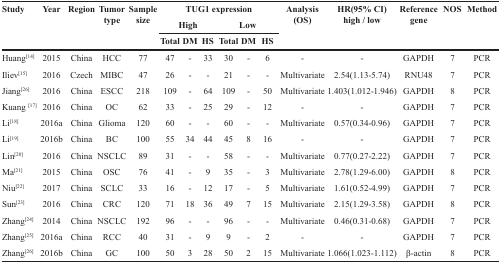
<table><thead><tr><td rowspan="3"><b>Study</b></td><td rowspan="3"><b>Year</b></td><td rowspan="3"><b>Region</b></td><td rowspan="3"><b>Tumor type</b></td><td rowspan="3"><b>Sample size</b></td><td colspan="6"><b>TUG1 expression</b></td><td rowspan="3"><b>Analysis(OS)</b></td><td rowspan="3"><b>HR(95% CI)high / low</b></td><td rowspan="3"><b>Reference gene</b></td><td rowspan="3"><b>NOS</b></td><td rowspan="3"><b>Method</b></td></tr><tr><td colspan="3"><b>High</b></td><td colspan="3"><b>Low</b></td></tr><tr><td><b>Total</b></td><td><b>DM</b></td><td><b>HS</b></td><td><b>Total</b></td><td><b>DM</b></td><td><b>HS</b></td></tr></thead><tbody><tr><td>Huang<sup>[14]</sup></td><td>2015</td><td>China</td><td>HCC</td><td>77</td><td>47</td><td>-</td><td>33</td><td>30</td><td>-</td><td>6</td><td>-</td><td>-</td><td>GAPDH</td><td>7</td><td>PCR</td></tr><tr><td>Iliev<sup>[15]</sup></td><td>2016</td><td>Czech</td><td>MIBC</td><td>47</td><td>26</td><td>-</td><td>-</td><td>21</td><td>-</td><td>-</td><td>Multivariate</td><td>2.54(1.13-5.74)</td><td>RNU48</td><td>7</td><td>PCR</td></tr><tr><td>Jiang<sup>[26]</sup></td><td>2016</td><td>China</td><td>ESCC</td><td>218</td><td>109</td><td>-</td><td>64</td><td>109</td><td>-</td><td>50</td><td>Multivariate</td><td>1.403(1.012-1.946)</td><td>GAPDH</td><td>8</td><td>PCR</td></tr><tr><td>Kuang <sup>[17]</sup></td><td>2016</td><td>China</td><td>OC</td><td>62</td><td>33</td><td>-</td><td>25</td><td>29</td><td>-</td><td>12</td><td>-</td><td>-</td><td>GAPDH</td><td>7</td><td>PCR</td></tr><tr><td>Li<sup>[18]</sup></td><td>2016a</td><td>China</td><td>Glioma</td><td>120</td><td>60</td><td>-</td><td>-</td><td>60</td><td>-</td><td>-</td><td>Multivariate</td><td>0.57(0.34-0.96)</td><td>GAPDH</td><td>7</td><td>PCR</td></tr><tr><td>Li<sup>[19]</sup></td><td>2016b</td><td>China</td><td>BC</td><td>100</td><td>55</td><td>34</td><td>44</td><td>45</td><td>8</td><td>16</td><td>-</td><td>-</td><td>GAPDH</td><td>7</td><td>PCR</td></tr><tr><td>Lin<sup>[20]</sup></td><td>2016</td><td>China</td><td>NSCLC</td><td>89</td><td>31</td><td>-</td><td>-</td><td>58</td><td>-</td><td>-</td><td>Multivariate</td><td>0.77(0.27-2.22)</td><td>GAPDH</td><td>7</td><td>PCR</td></tr><tr><td>Ma<sup>[21]</sup></td><td>2015</td><td>China</td><td>OSC</td><td>76</td><td>41</td><td>-</td><td>9</td><td>35</td><td>-</td><td>3</td><td>Multivariate</td><td>2.78(1.29-6.00)</td><td>GAPDH</td><td>8</td><td>PCR</td></tr><tr><td>Niu<sup>[22]</sup></td><td>2017</td><td>China</td><td>SCLC</td><td>33</td><td>16</td><td>-</td><td>12</td><td>17</td><td>-</td><td>5</td><td>Multivariate</td><td>1.61(0.52-4.99)</td><td>GAPDH</td><td>7</td><td>PCR</td></tr><tr><td>Sun<sup>[23]</sup></td><td>2016</td><td>China</td><td>CRC</td><td>120</td><td>71</td><td>18</td><td>36</td><td>49</td><td>7</td><td>15</td><td>Multivariate</td><td>2.15(1.29-3.58)</td><td>GAPDH</td><td>8</td><td>PCR</td></tr><tr><td>Zhang<sup>[24]</sup></td><td>2014</td><td>China</td><td>NSCLC</td><td>192</td><td>96</td><td>-</td><td>-</td><td>96</td><td>-</td><td>-</td><td>Multivariate</td><td>0.46(0.31-0.68)</td><td>GAPDH</td><td>7</td><td>PCR</td></tr><tr><td>Zhang<sup>[25]</sup></td><td>2016a</td><td>China</td><td>RCC</td><td>40</td><td>31</td><td>-</td><td>9</td><td>9</td><td>-</td><td>2</td><td>-</td><td>-</td><td>GAPDH</td><td>7</td><td>PCR</td></tr><tr><td>Zhang<sup>[26]</sup></td><td>2016b</td><td>China</td><td>GC</td><td>100</td><td>50</td><td>3</td><td>28</td><td>50</td><td>2</td><td>15</td><td>Multivariate</td><td>1.066(1.023-1.112)</td><td>β-actin</td><td>8</td><td>PCR</td></tr></tbody></table>